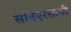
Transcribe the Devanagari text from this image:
सॉनएरसाठी